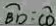
\widehat { B D } = \widehat { C D }